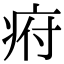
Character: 㾈